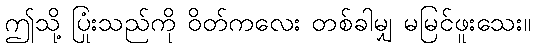
ဤသို့ ပြုံးသည်ကို ဝိတ်ကလေး တစ်ခါမျှ မမြင်ဖူးသေး။